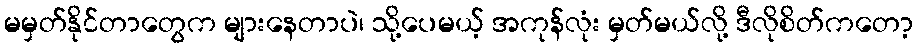
မမှတ်နိုင်တာတွေက များနေတာပဲ၊ သို့ပေမယ့် အကုန်လုံး မှတ်မယ်လို့ ဒီလိုစိတ်ကတော့